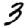
Digit: 3